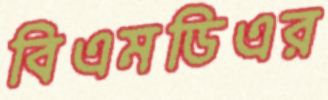
বিএমডিএর